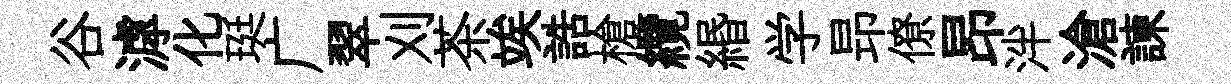
谷滹化珽广翠刈茶竢誥槍纜緡学昻僚昂泮滄諫